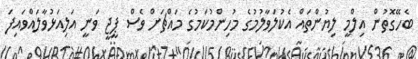
ބެހޭގޮތުން އިލްމީ ލިޔުންތައް އެކުލަވާލުމުގެ މުހިންމުކަމުގެ މައްޗަށް ވެސް ޕީޖީ ވަނީ އަލިއަޅުވާލައްވައިފަ